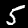
Label: 5